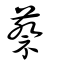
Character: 蔡